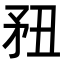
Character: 䂇